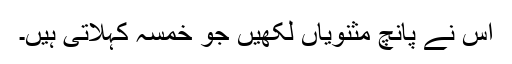
اس نے پانچ مثنویاں لکھیں جو خمسہ کہلاتی ہیں۔